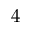
4